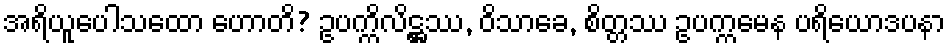
အရိယူပေါသထော ဟောတိ? ဥပက္ကိလိဋ္ဌဿ, ဝိသာခေ, စိတ္တဿ ဥပက္ကမေန ပရိယောဒပနာ